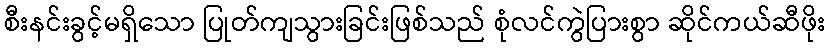
စီးနင်းခွင့်မရှိသော ပြုတ်ကျသွားခြင်းဖြစ်သည် စုံလင်ကွဲပြားစွာ ဆိုင်ကယ်ဆီဖိုး